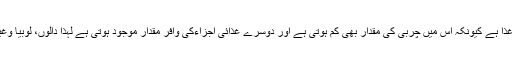
مچھلی اس لحاظ سے بہترین غذا ہے کیونکہ اس میں چربی کی مقدار بھی کم ہوتی ہے اور دوسرے غذائی اجزاءکی وافر مقدار موجود ہوتی ہے لہٰذا دالوں، لوبیا وغیرہ سے پروٹین حاصل کریں۔